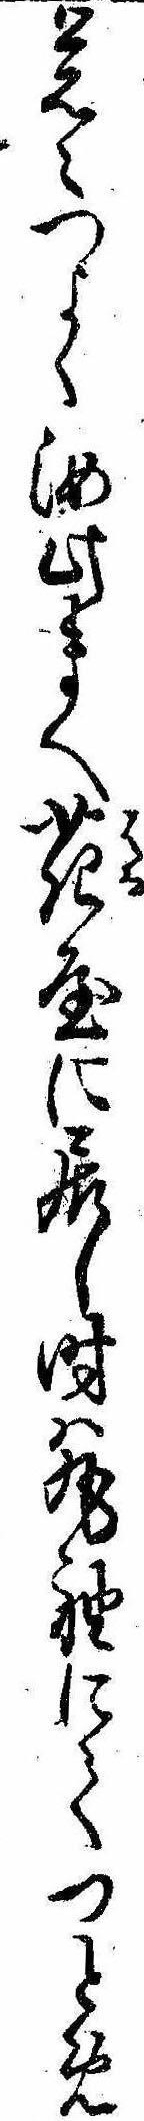
覚えつよく汝此まへ花屋に居し時は丸袖にてつとめ